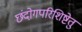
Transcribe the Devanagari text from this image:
छंदोगपरिशिष्टेतु